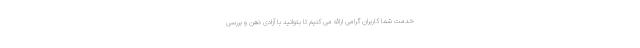
خدمت شما کاربران گرامی ارائه می کنیم تا بتوانید با آزادی ذهن و بررسی